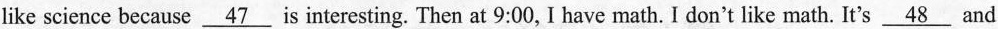
like science because \underline{47} is interesting. Then at 9:00, I have math. I don't like math. It's \underline{48} and